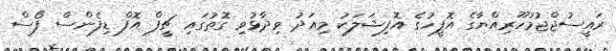
ރައީސުޖްޖުމުހޫރިއްޔާގެ އޮފީހުގެ އޮފިޝަލަކު މިއަދު ވިދާޅުވި ގޮތުގައި ޗީފް އޮފް ޑިފެންސް ފޯސް